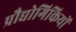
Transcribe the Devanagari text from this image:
प्रौद्योगिकियों